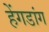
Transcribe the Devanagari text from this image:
हेंगडांग